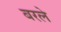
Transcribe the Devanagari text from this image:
बरले